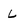
Character: L